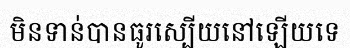
មិនទាន់បានធូរស្បើយនៅឡើយទេ